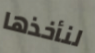
لنأخذها